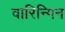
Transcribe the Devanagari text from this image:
वारिन्गिन